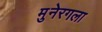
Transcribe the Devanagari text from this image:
मुनेरगला